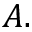
A .